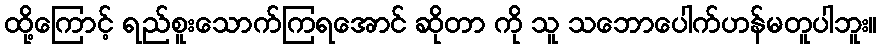
ထို့ကြောင့် ရည်စူးသောက်ကြရအောင် ဆိုတာ ကို သူ သဘောပေါက်ဟန်မတူပါဘူး။